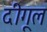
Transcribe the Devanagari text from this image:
दीगूल